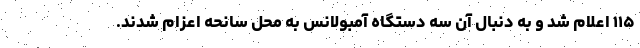
۱۱۵ اعلام شد و به دنبال آن سه دستگاه آمبولانس به محل سانحه اعزام شدند.